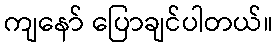
ကျနော် ပြောချင်ပါတယ်။